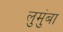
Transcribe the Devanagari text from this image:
लुमुंबा